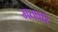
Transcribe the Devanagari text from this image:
मतवारे